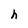
Character: h